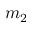
m _ { 2 }